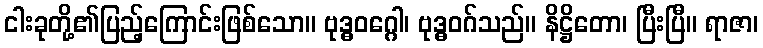
ငါးခုတို့၏ပြည့်ကြောင်းဖြစ်သော။ ဗုဒ္ဓဝဂ္ဂေါ၊ ဗုဒ္ဓဝဂ်သည်။ နိဋ္ဌိတော၊ ပြီးပြီ။ ရာဇာ၊